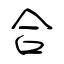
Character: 合